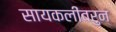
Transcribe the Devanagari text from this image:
सायकलींवरुन